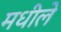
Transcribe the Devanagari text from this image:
मधीले